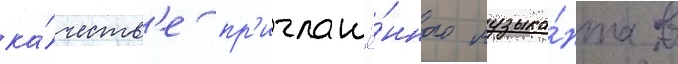
ка́честв'е пр'иглашё́нного музыка́нта в